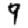
Digit: 9